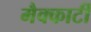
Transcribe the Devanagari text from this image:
मैक्कार्टी